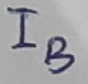
Text: IB